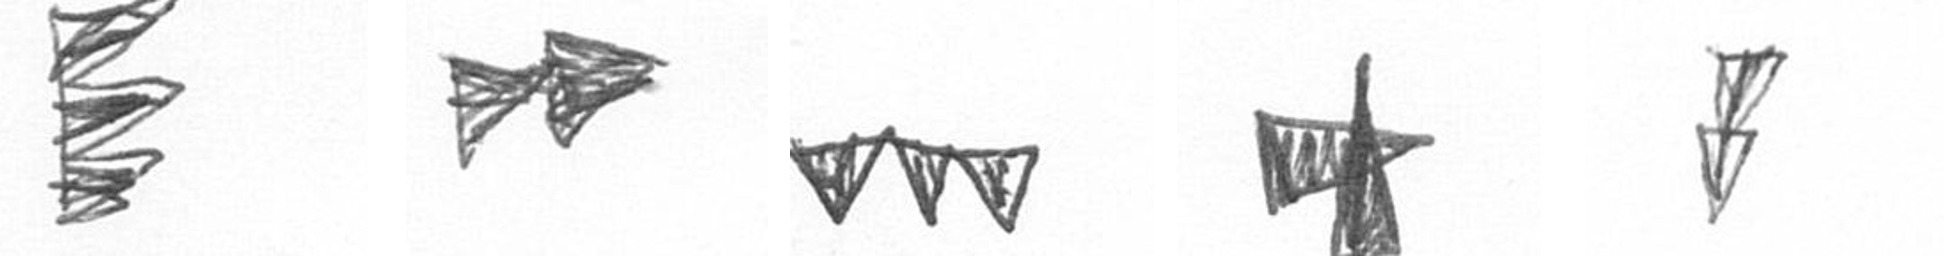
H A L G Z